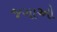
જગાઓ